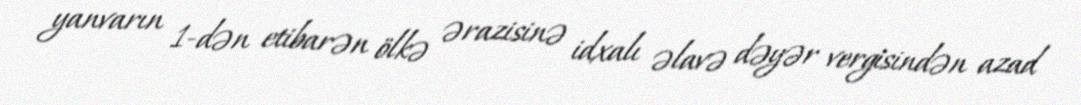
yanvarın 1-dən etibarən ölkə ərazisinə idxalı əlavə dəyər vergisindən azad